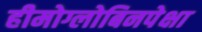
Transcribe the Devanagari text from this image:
हीमोग्लोबिनपेक्षा